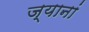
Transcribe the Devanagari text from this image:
ज्यानां